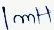
Text: 1mH